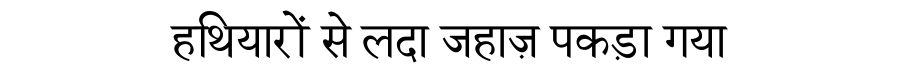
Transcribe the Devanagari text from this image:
हथियारों से लदा जहाज़ पकड़ा गया